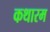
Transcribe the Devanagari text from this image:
कथारम